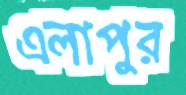
এলাপুর